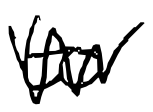
Text: to
Cross-out: mix
Writing tool: digital_black